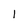
Character: 1